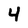
Character: 4